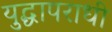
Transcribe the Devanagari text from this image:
युद्धापराधी